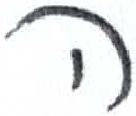
אות: ה